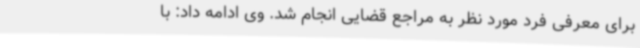
برای معرفی فرد مورد نظر به مراجع قضایی انجام شد. وی ادامه داد: با